Indian journal of veterinary science and animal husbandry - Volumes 18-21, 1948-1951
Year: 1948
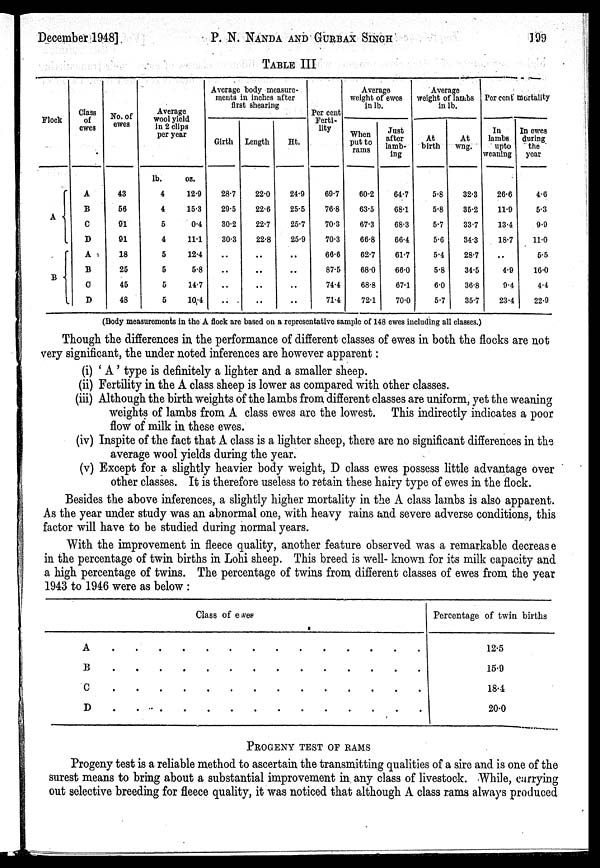
December 1948]
P. N.
NANDA
AND
GURBAX
SINGH
199
TABLE III
Flock
A
B
Class
of
ewes
A
B
C
D
A
B
C
D
No. of
ewes
43
56
91
91
18
25
45
48
Average
wool yield
in 2 clips
per year
lb.
4
4
5
4
5
5
5
5
oz.
12.9
15.3
0.4
11.1
12.4
5.8
14.7
10.4
Average body measure-
ments in inches after
first shearing
Girth
28.7
29.5
30.2
303
..
..
..
..
Length
22.0
22.6
22.7
22.8
..
..
..
..
Ht.
24.9
25.5
25.7
25.9
..
..
..
..
Per cent
Ferti-
lity
60.7
76.8
70.3
70.3
66.6
87.5
74.4
71.4
Average
weight of ewes
in lb.
When
put to
rams
00.2
63.5
67.3
66.8
02.7
68.0
68.8
72.1
Just
after
lamb-
ing
64.7
68.1
68.3
06.4
61.7
66.0
67.1
70.0
Average
weight of lambs
in lb.
At
birth
5.8
5.8
5.7
5.6
5.4
5.8
6.0
5.7
At
wng.
32.3
35.2
33.7
34.3
28.7
34.5
36.8
35.7
Per cent mortality
In
lambs
upto
weaning
26.6
11.9
13.4
18.7
..
4.9
0.4
23.4
In owes
during
the
year
4.6
5.3
9.9
11.0
5.5
16.0
4.4
22.9
(Body measurements in the A flock are based on a representative sample of 148 ewes including all classes.)
Though the differences in the performance of different classes of ewes in both the flocks are not
very significant, the under noted inferences are however apparent :
(i) ' A ' type is definitely a lighter and a smaller sheep.
(ii) Fertility in the A class sheep is lower as compared with other classes.
(iii) Although the birth weights of the lambs from different classes are uniform, yet the weaning
weights of lambs from A class ewes are the lowest. This indirectly indicates a poor
flow of milk in these ewes.
(iv) Inspite of the fact that A class is a lighter sheep, there are no significant differences in the
average wool yields during the year.
(v) Except for a slightly heavier body weight, D class ewes possess little advantage over
other classes. It is therefore useless to retain these hairy type of ewes in the flock.
Besides the above inferences, a slightly higher mortality in the A class lambs is also apparent.
As the year under study was an abnormal one, with heavy rains and severe adverse conditions, this
factor will have to be studied during normal years.
With the improvement in fleece quality, another feature observed was a remarkable decrease
in the percentage of twin births in Lohi sheep. This breed is well- known for its milk capacity and
a high percentage of twins. The percentage of twins from different classes of ewes from the year
1943 to 1946 were as below :
Class of ewes
A . . . . . . . . . . . . . .
B . . . . . . . . . . . . . .
C . . . . . . . . . . . . . .
D . . . . . . . . . . . . . .
Percentage of twin births
12.5
15.9
18.1
20.0
PROGENY TEST OF RAMS
Progeny test is a reliable method to ascertain the transmitting qualities of a sire and is one of the
surest means to bring about a substantial improvement in any class of livestock. While, carrying
out selective breeding for fleece quality, it was noticed that although A class rams always produced